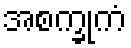
အစက္ခုကံ